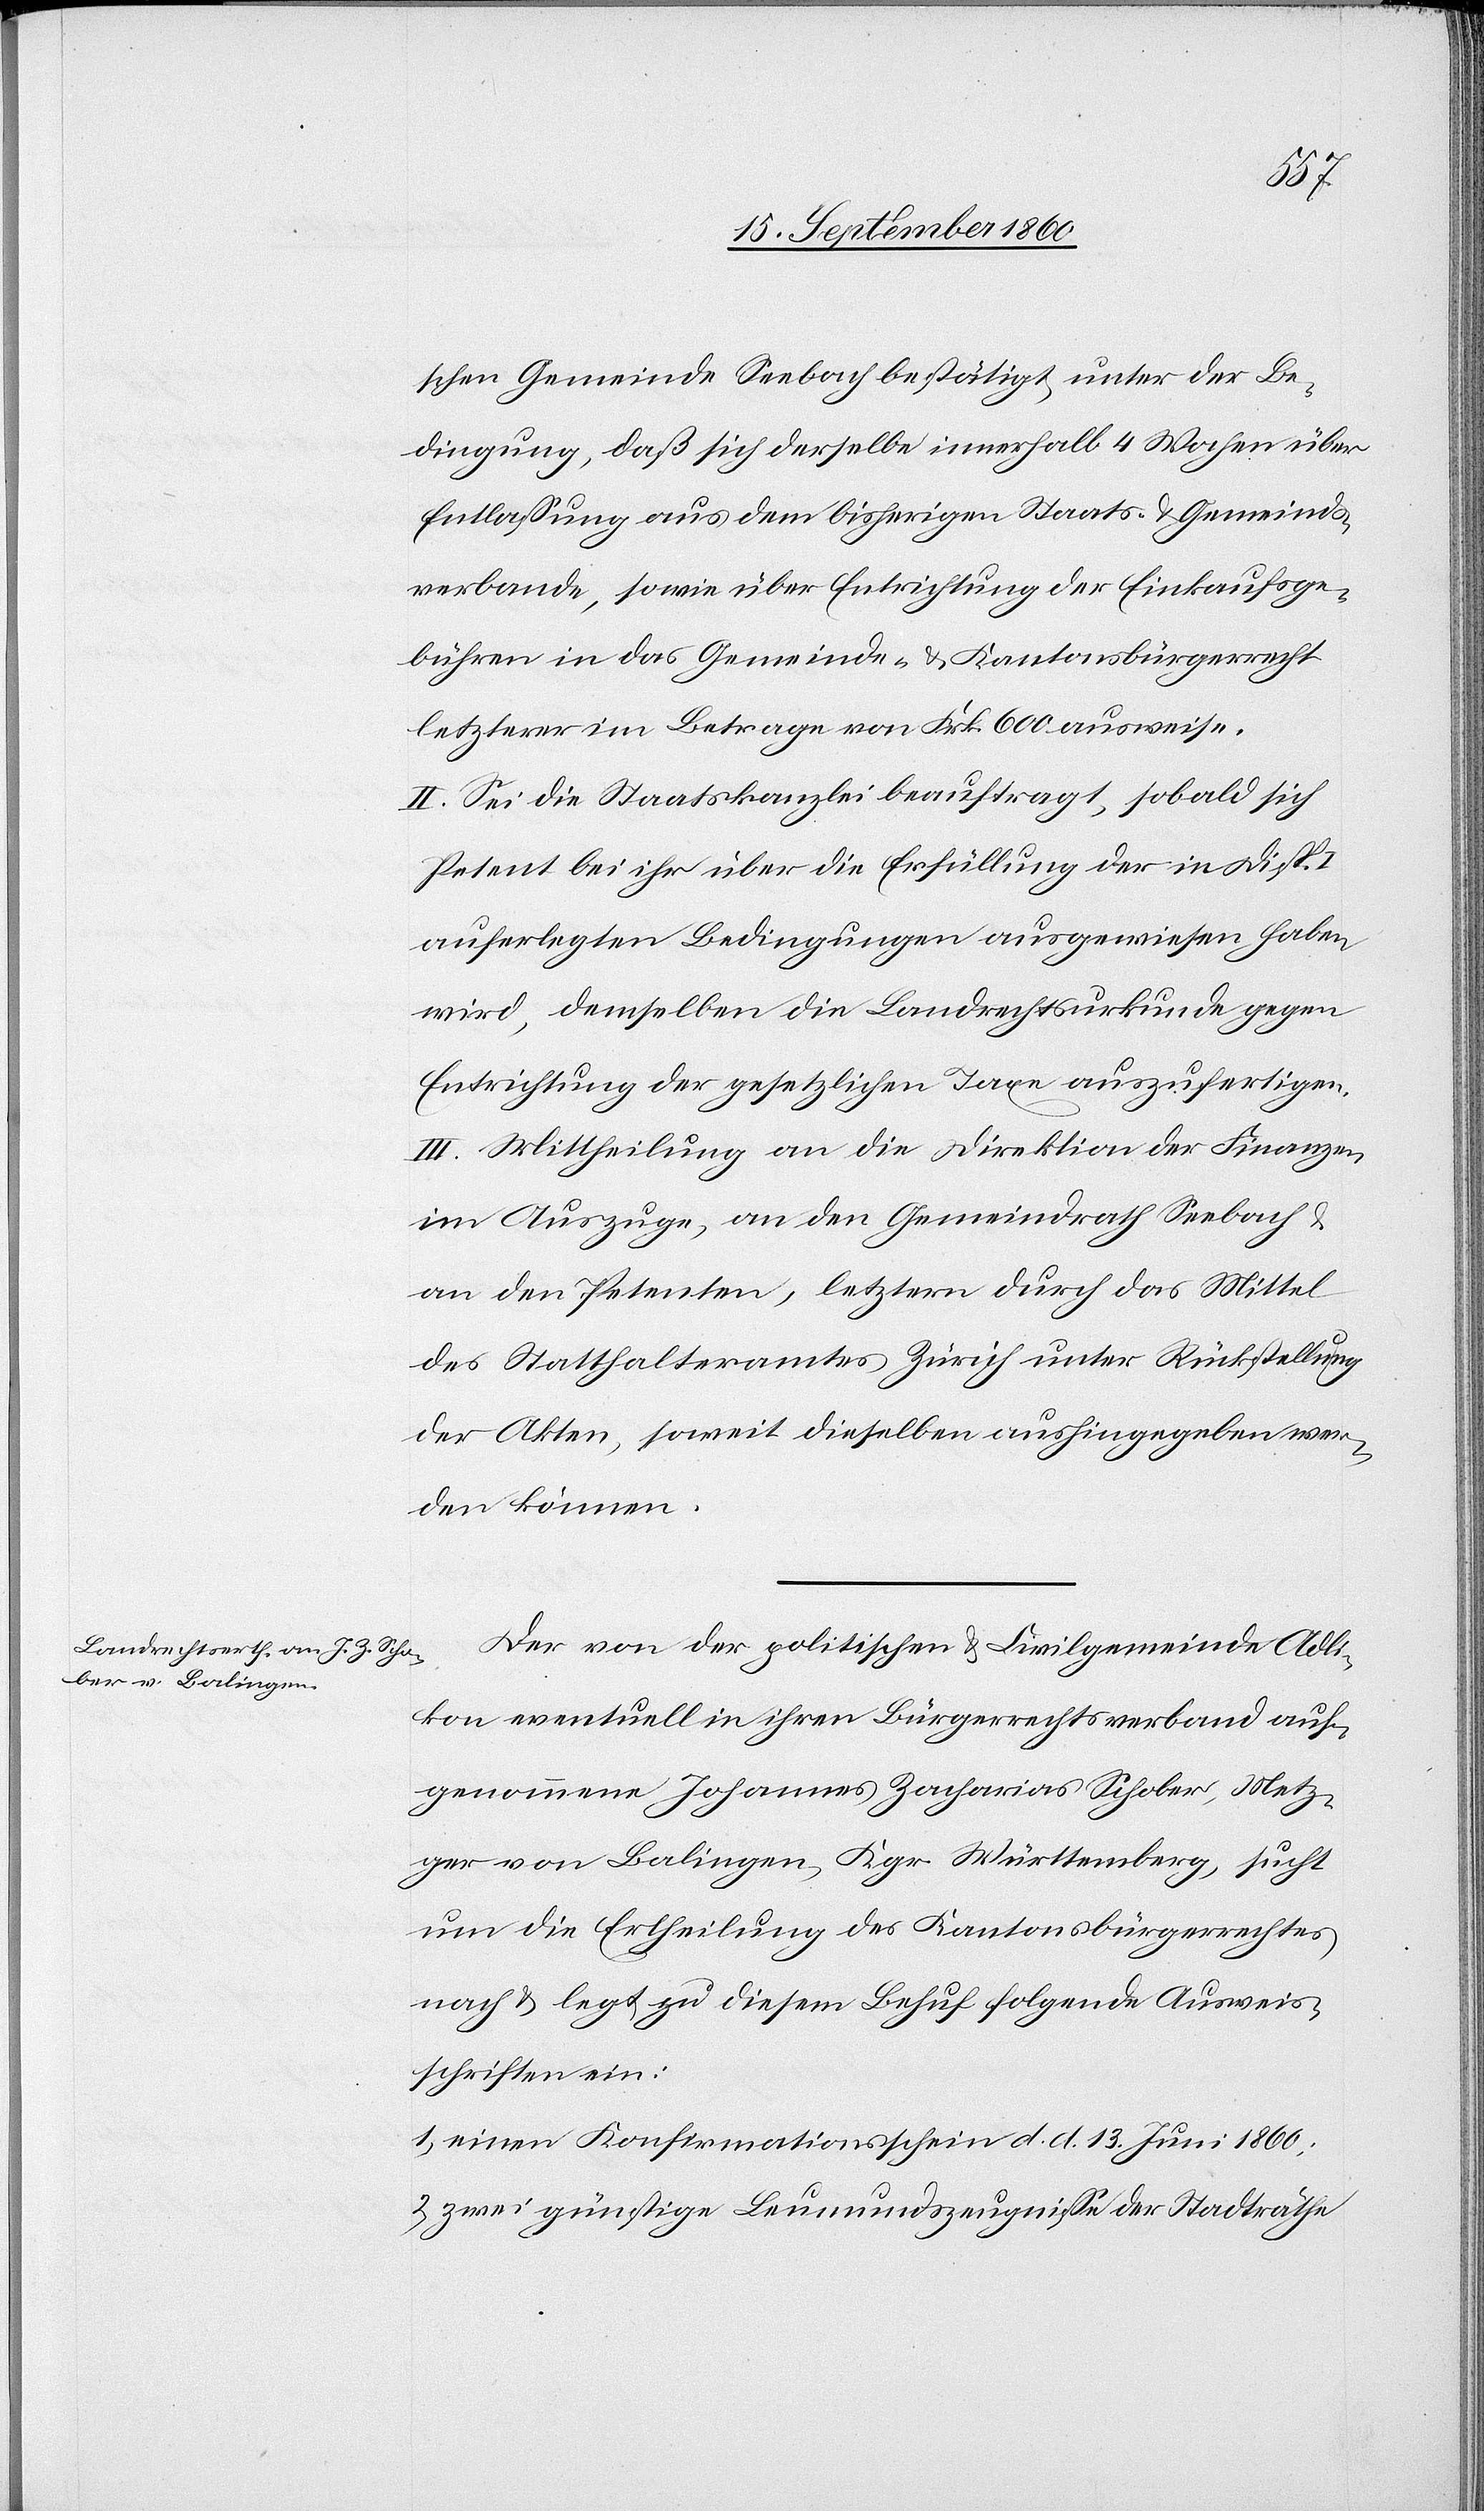
schen Gemeinde Seebach bestätigt, unter der Be¬
dingung, daß sich derselbe innerhalb 4 Wochen über
Entlassung aus dem bisherigen Staats- u. Gemeinds¬
verbande, sowie über Entrichtung der Einkaufsge¬
bühren in das Gemeinde- u. Kantonsbürgerrecht
letzterer im Betrage von Frk. 600 ausweise.
II. Sei die Staatskanzlei beauftragt, sobald sich
Petent bei ihr über die Erfüllung der in Disp.
auferlegten Bedingungen ausgewiesen haben
wird, demselben die Landrechtsurkunde gegen
Entrichtung der gesetzlichen Taxe auszufertigen.
III. Mittheilung an die Direktion der Finanzen,
im Auszuge, an den Gemeindrath Seebach u.
an den Petenten, letztern durch das Mittel
des Statthalteramtes Zürich unter Rückstellung
der Akten, soweit dieselben aushingegeben wer¬
den können.
Der von der politischen u. Civilgemeinde Adli¬
kon eventuell in ihren Bürgerrechtsverband auf¬
genommene Johannes Zacharias Schober, Metz¬
ger von Balingen, Kgr. Württemberg, sucht
um die Ertheilung des Kantonsbürgerrechtes
nach u. legt zu diesem Behuf folgende Ausweis¬
schriften ein:
1) einen Konfirmationsschein d. d. 13. Juni 1860;
2) zwei günstige Leumundszeugnisse der Stadträthe